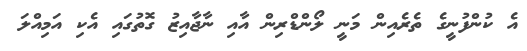
އެ ކުންފުނީގެ ތެރެއިން މަނީ ލޯންޑްރިން އާއި ނާޖާއިޒު ގޮތުގައި އެކި އަމިއްލަ